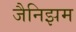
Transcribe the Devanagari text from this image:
जैनिझम